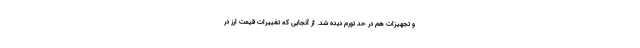
و تجهیزات هم در حد تورم دیده شد. از آنجایی که تغییرات قیمت ارز در